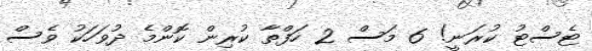
ޓެސްޓު ކުރަނީ! 6 މަސް 2 ހަފްތާ ކުރިން ކޮންމެ ދުވަހަކު ވެސް